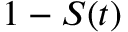
1 - S ( t )